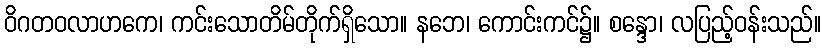
ဝိဂတဝလာဟကေ၊ ကင်းသောတိမ်တိုက်ရှိသော။ နဘေ၊ ကောင်းကင်၌။ စန္ဒော၊ လပြည့်ဝန်းသည်။